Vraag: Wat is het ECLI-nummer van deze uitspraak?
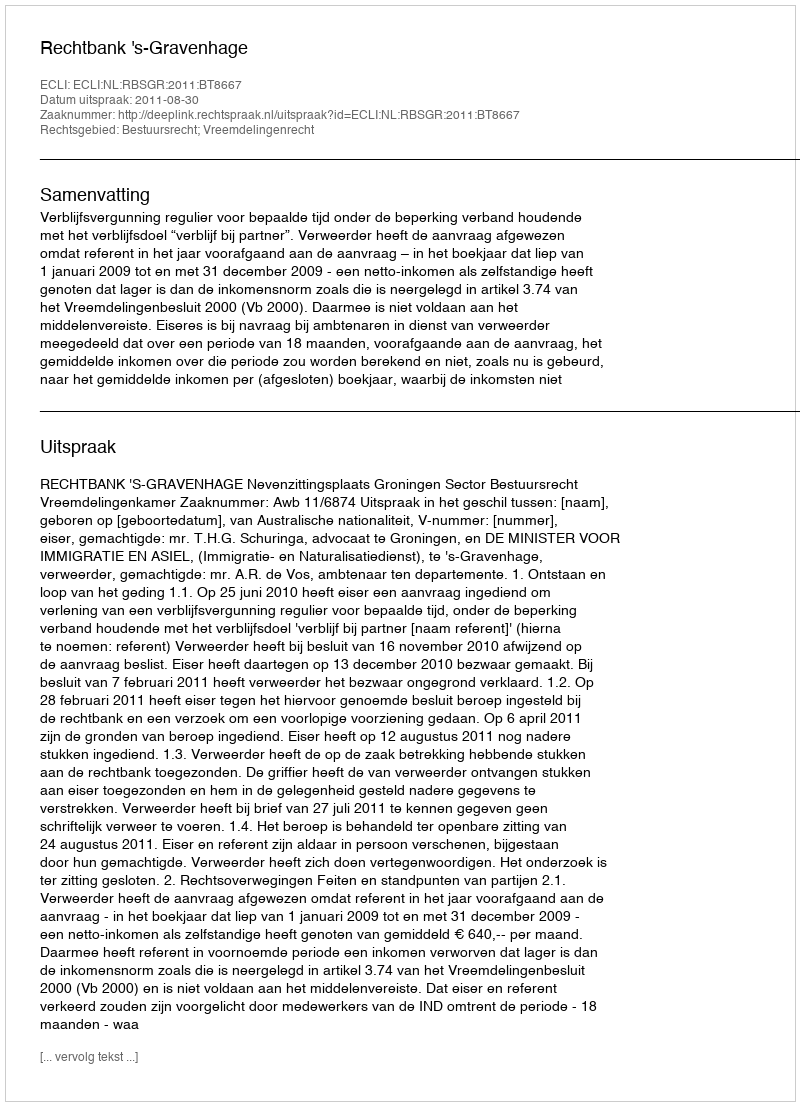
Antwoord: ECLI:NL:RBSGR:2011:BT8667